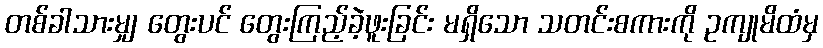
တစ်ခါသားမျှ တွေးပင် တွေးကြည့်ခဲ့ဖူးခြင်း မရှိသော သတင်းစကားကို ဥကျုမိထံမှ